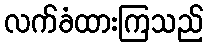
လက်ခံထားကြသည်